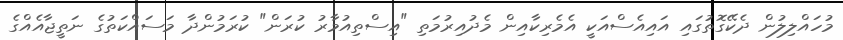
މުހައްލިލުން ދެކޭގޮތުގައި އައިއެސްއަކީ އެމެރިކާއިން މެދުއިރުމަތި "އިސްތިއުމާރު ކުރަން" ކުރަމުންދާ މަސައްކަތުގެ ނަތީޖާއެއްގެ